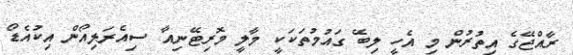
ރާއްޖޭގެ އިތުރުން މި އެހީ ލިބޭ ގައުމުތަކަކީ މާލީ މޮރިޓޭނިއާ ސިއެރަލިއޯން އިކުއެޑޯ